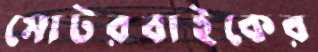
মোটরবাইকের